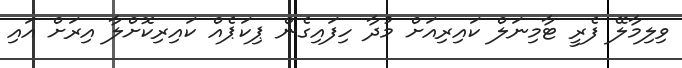
ވިލިމާލޭ ފެރީ ޓާމިނަލް ކައިރިއަށް މުދާ ހިފައިގެން ޕިކަޕެއް ކައިރިކޮށްލާ އިރަށް އައި